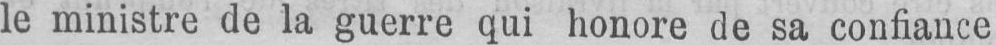
le ministre de la guerre qui honore de sa confiance